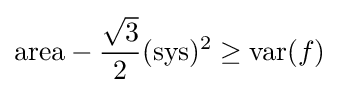
\mathrm {area} -{\frac {\sqrt {3}}{2}}(\mathrm {sys} )^{2}\geq \mathrm {var} (f)